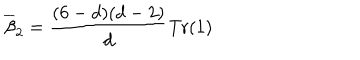
\overline { { \beta } } _ { 2 } = \frac { ( 6 - d ) ( d - 2 ) } { d } \mathrm { T r } ( 1 )